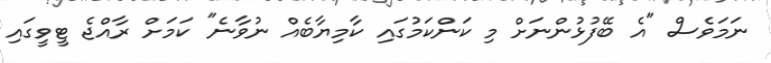
ނަމަވެސް "އެ ބޭފުޅުންނަށް މި ކަންކަމުގައި ކާމިޔާބެއް ނުވާނެ" ކަމަށް ރާއްޖެ ޓީވީގައި